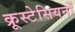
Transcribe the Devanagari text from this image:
क्रूस्टेसियनों